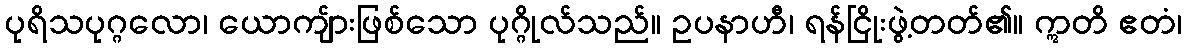
ပုရိသပုဂ္ဂလော၊ ယောကျ်ားဖြစ်သော ပုဂ္ဂိုလ်သည်။ ဥပနာဟီ၊ ရန်ငြိုးဖွဲ့တတ်၏။ ဣတိ ဧတံ၊